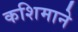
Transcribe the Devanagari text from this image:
कशिमाने